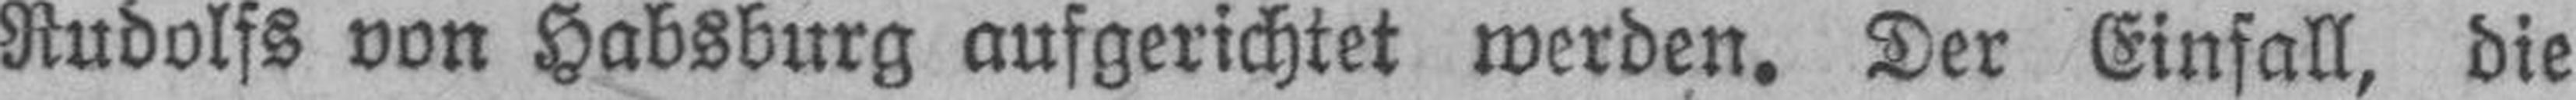
Rudolfs von Habsburg aufgerichtet werden. Der Einfall, die